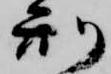
刑